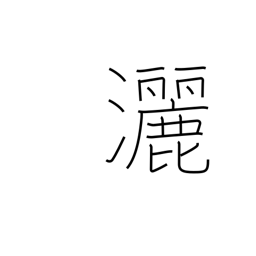
Meaning: free and easy